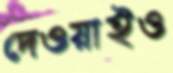
দেওয়াইও